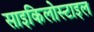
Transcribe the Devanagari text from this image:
साइकिलोस्टाइल